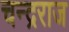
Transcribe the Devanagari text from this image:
चन्द्रराज